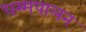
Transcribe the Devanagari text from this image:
धम्मपालन